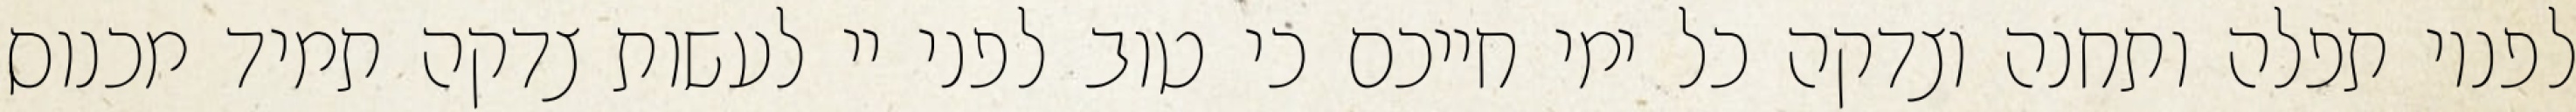
לפניו תפלה ותחנה וצדקה כל ימי חייכם כי טוב לפני יי לעשות צדקה תמיד מכנוס